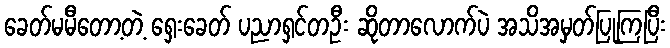
ခေတ်မမီတော့တဲ့ ရှေးခေတ် ပညာရှင်တဦး ဆိုတာလောက်ပဲ အသိအမှတ်ပြုကြပြီး